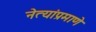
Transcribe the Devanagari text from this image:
नेत्यांप्रमाणे